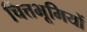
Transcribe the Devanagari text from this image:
चित्तभूमियों